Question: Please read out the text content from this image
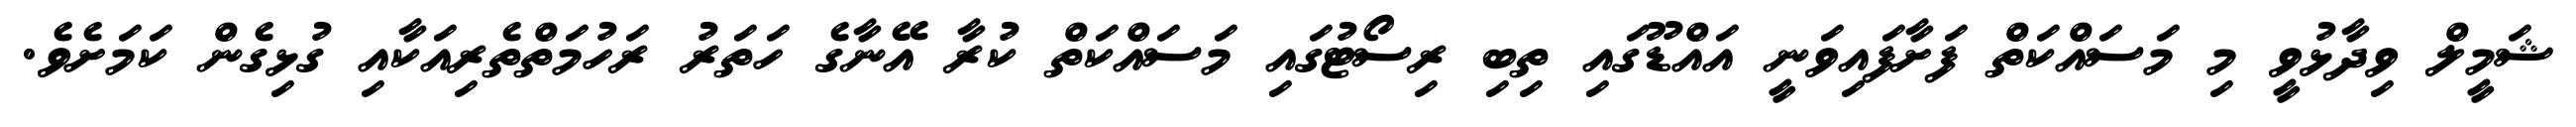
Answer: ޝަމީލް ވިދާޅުވީ މި މަސައްކަތް ފަށާފައިވަނީ އައްޑޫގައި ތިބި ރިސޯޓުގައި މަސައްކަތް ކުރާ އޭނާގެ ހަތަރު ރަހުމަތްތެރިއަކާއި ގުޅިގެން ކަމަށެވެ.